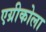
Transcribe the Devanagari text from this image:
एग्रीकोला